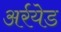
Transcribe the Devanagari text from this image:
अर्रयेड